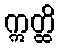
ဣတ္ထိ